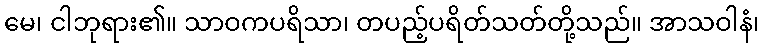
မေ၊ ငါဘုရား၏။ သာဝကပရိသာ၊ တပည့်ပရိတ်သတ်တို့သည်။ အာသဝါနံ၊